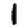
Digit: 1